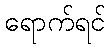
ရောက်ရင်